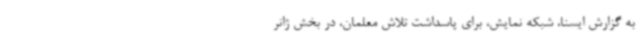
به گزارش ایسنا، شبکه نمایش، برای پاسداشت تلاش معلمان، در بخش ژانر